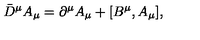
{ \bar { D } } ^ { \mu } A _ { \mu } = \partial ^ { \mu } A _ { \mu } + [ B ^ { \mu } , A _ { \mu } ] ,